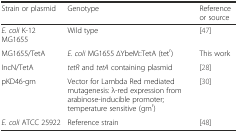
| Strain or plasmid | Genotype | Reference or source |
 | --- | --- | --- |
 | E. coli K-12 MG1655 | Wild type | [47] |
 | MG1655/TetA | E. coli MG1655 ∆YbeM::TetA (tetr) | This work |
 | IncN/TetA | tetR and tetA containing plasmid | [28] |
 | pKD46-gm | Vector for Lambda Red mediated mutagenesis: λ-red expression from arabinose-inducible promoter; temperature sensitive (gmr) | [30] |
 | E. coli ATCC 25922 | Reference strain | [48] |